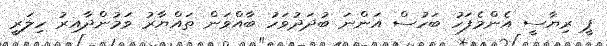
ޕީ ރިޔާސީ އެންމެފަހު ބަހުސް އަންނަ ބުދަދުވަހު ބާއްވަން ތައްޔާރު ވަމުންދާއިރު ހިލަރީ